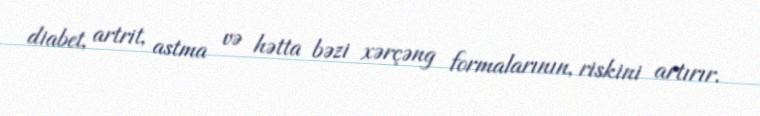
diabet, artrit, astma və hətta bəzi xərçəng formalarının, riskini artırır.